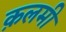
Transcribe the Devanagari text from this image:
क़लमी